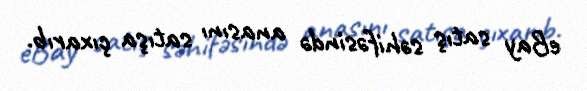
eBay satış səhifəsində anasını satışa çıxarıb.